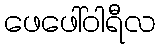
ဖေဖေါ်ဝါရီလ